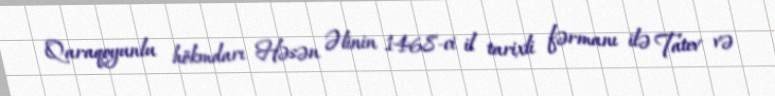
Qaraqoyunlu hökmdarı Həsən Əlinin 1468-ci il tarixli fərmanı ilə Tatev və